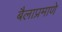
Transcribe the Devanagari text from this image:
बैलाप्रमाणे